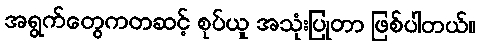
အရွက်တွေကတဆင့် စုပ်ယူ အသုံးပြုတာ ဖြစ်ပါတယ်။